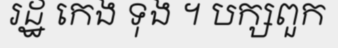
រដ្ឋ កេង ទុង ។ បក្សពួក